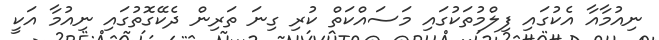
ނިއުމާއާ އެކުގައި ފިލްމުތަކުގައި މަސައްކަތް ކުރި ގިނަ ތަރިން ދެކޭގޮތުގައި ނިއުމާ އަކީ